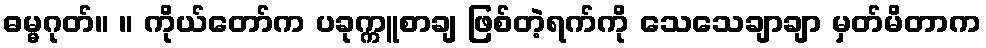
ဓမ္မဂုတ်။ ။ ကိုယ်တော်က ပခုက္ကူစာချ ဖြစ်တဲ့ရက်ကို သေသေချာချာ မှတ်မိတာက